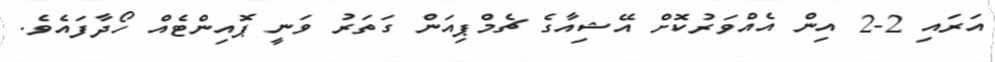
އަރައި 2-2 އިން އެއްވަރުކޮށް އޭޝިއާގެ ޗެމްޕިއަން ގަތަރު ވަނީ ޕޮއިންޓެއް ހޯދާފައެވެ.